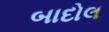
બાદોલ